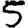
Digit: 5